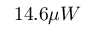
1 4 . 6 \mu W